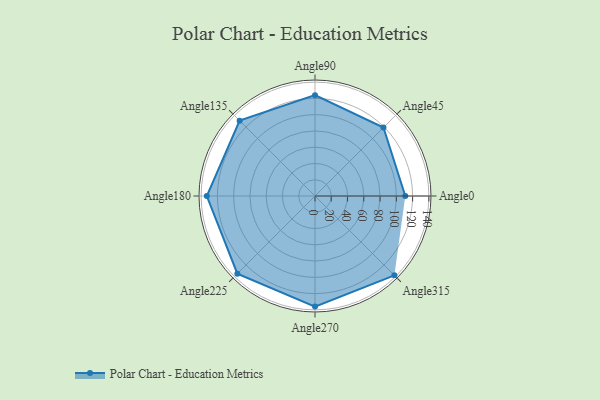
{"axis": {"x": "Angle", "y": "Radius"}, "legend": [""], "data": [{"x": "Angle0", "y": 111.0, "type": ""}, {"x": "Angle45", "y": 119.0, "type": ""}, {"x": "Angle90", "y": 124.0, "type": ""}, {"x": "Angle135", "y": 131.0, "type": ""}, {"x": "Angle180", "y": 133.0, "type": ""}, {"x": "Angle225", "y": 135.0, "type": ""}, {"x": "Angle270", "y": 136.0, "type": ""}, {"x": "Angle315", "y": 138.0, "type": ""}]}